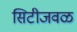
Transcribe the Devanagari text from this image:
सिटीजवळ